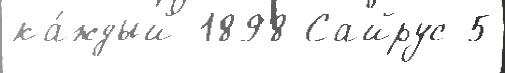
ка́ждый 1898 Сайрус 5